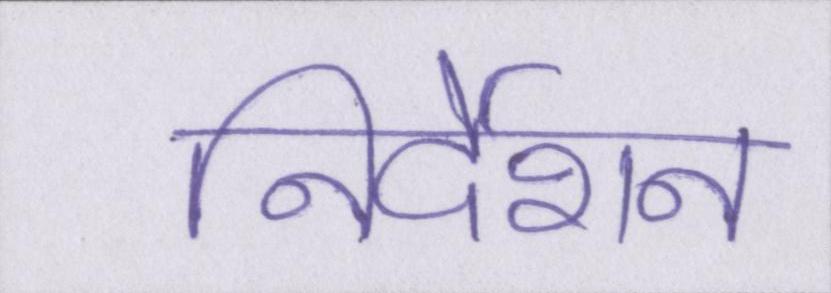
निर्देशन